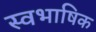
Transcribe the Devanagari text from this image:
स्वभाषिक